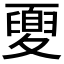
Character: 𡕻